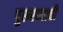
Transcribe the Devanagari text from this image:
पुरूरव्याची